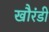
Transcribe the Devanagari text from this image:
खौरंडी